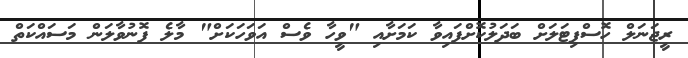
ރީޖަނަލް ހޮސްޕިޓަލަށް ބަދަލުކޮށްފައިވާ ކަމަށާއި "ވީހާ ވެސް އަވަހަކަށް" މާލެ ފޮނުވާލަން މަސައްކަތް